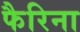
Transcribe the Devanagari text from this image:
फैरिना